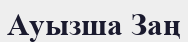
Ауызша Заң